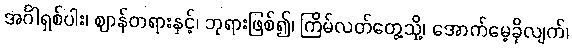
အင်္ဂါရှစ်ပါး၊ ဈာန်တရားနှင့်၊ ဘုရားဖြစ်၍၊ ကြိမ်လတ်တွေ့သို့၊ အောက်မေ့ခိုလျက်၊